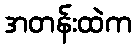
အတန်းထဲက